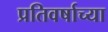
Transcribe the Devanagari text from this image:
प्रतिवर्षाच्या